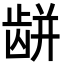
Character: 𪚏